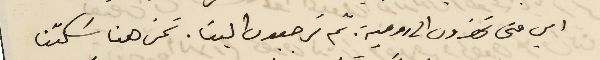
اي متى تحضرون الى رومية. ثم ترجعون الينا. نحن هنا سَكتنا